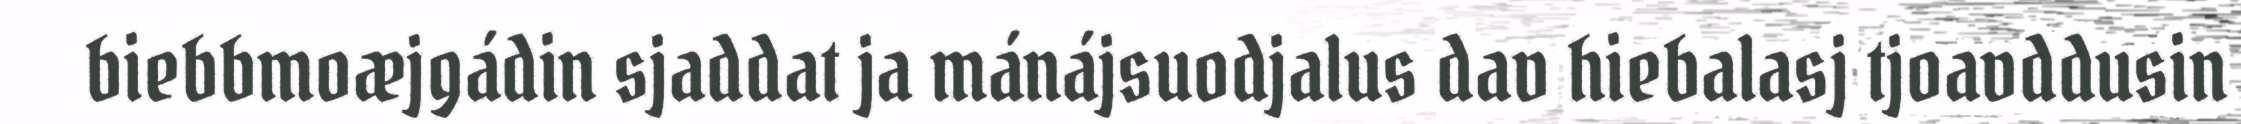
biebbmoæjgádin sjaddat ja mánájsuodjalus dav hiebalasj tjoavddusin